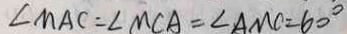
\angle M A C = \angle M C A = \angle A M C = 6 0 ^ { \circ }